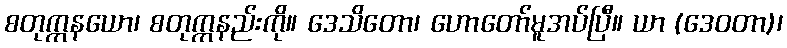
စတုက္ကနယော၊ စတုက္ကနည်းကို။ ဒေသိတော၊ ဟောတော်မူအပ်ပြီ။ ယာ (ဒေဝတာ)၊